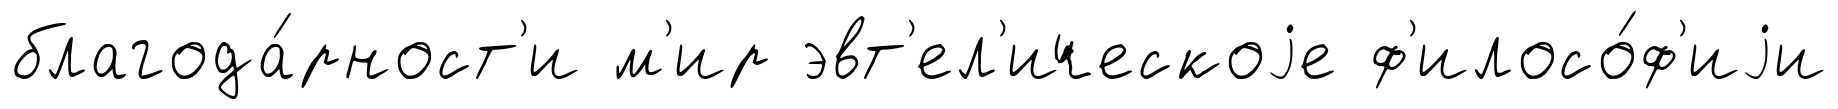
благода́рност'и м'ир эвт'ел'ическоjе ф'илосо́ф'иjи